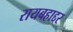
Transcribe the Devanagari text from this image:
रायबहाद्दर